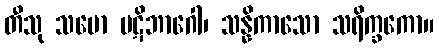
တီသု သမော ပဋိဘာဂေါ၊ သန္နိကာသော သရိက္ခကော။